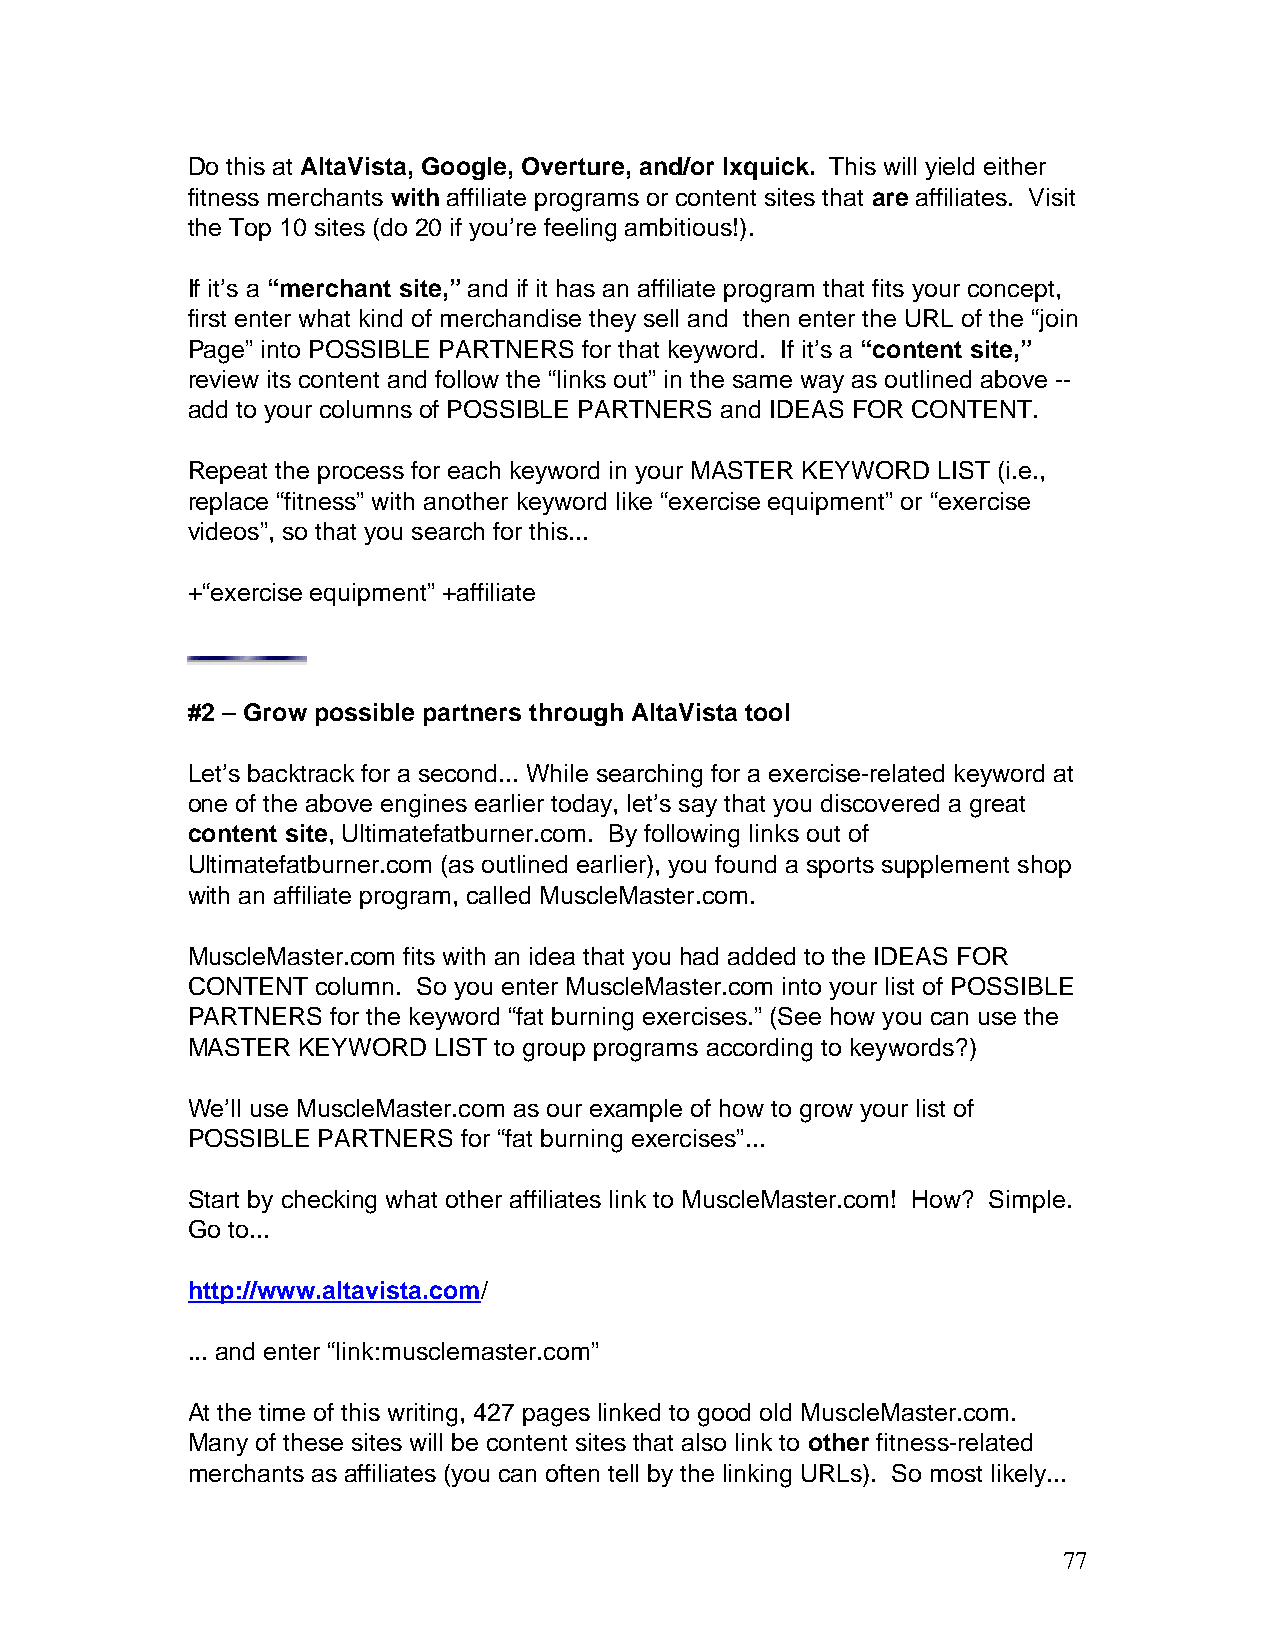
Do this at AltaVista, Google, Overture, and/or Ixquick. This will yield either
 fitness merchants with affiliate programs or content sites that are affiliates. Visit
 the Top 10 sites (do 20 if you’re feeling ambitious!).
 If it’s a “merchant site,” and if it has an affiliate program that fits your concept,
 first enter what kind of merchandise they sell and then enter the URL of the “join
 Page” into POSSIBLE PARTNERS for that keyword. If it’s a “content site,”
 review its content and follow the “links out” in the same way as outlined above --
 add to your columns of POSSIBLE PARTNERS and IDEAS FOR CONTENT.
 Repeat the process for each keyword in your MASTER KEYWORD LIST (i.e.,
 replace “fitness” with another keyword like “exercise equipment” or “exercise
 videos”, so that you search for this...
 +“exercise equipment” +affiliate
 #2 – Grow possible partners through AltaVista tool
 Let’s backtrack for a second... While searching for a exercise-related keyword at
 one of the above engines earlier today, let’s say that you discovered a great
 content site, Ultimatefatburner.com. By following links out of
 Ultimatefatburner.com (as outlined earlier), you found a sports supplement shop
 with an affiliate program, called MuscleMaster.com.
 MuscleMaster.com fits with an idea that you had added to the IDEAS FOR
 CONTENT  column. So you enter MuscleMaster.com into your list of POSSIBLE
 PARTNERS  for the keyword “fat burning exercises.” (See how you can use the
 MASTER  KEYWORD  LIST to group programs according to keywords?)
 We’ll use MuscleMaster.com as our example of how to grow your list of
 POSSIBLE PARTNERS  for “fat burning exercises”...
 Start by checking what other affiliates link to MuscleMaster.com! How? Simple.
 Go to...
 http://www.altavista.com/
 ... and enter “link:musclemaster.com”
 At the time of this writing, 427 pages linked to good old MuscleMaster.com.
 Many of these sites will be content sites that also link to other fitness-related
 merchants as affiliates (you can often tell by the linking URLs). So most likely...
 77